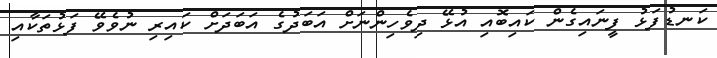
ކަނޑުފަޅު ފީނައިގެން ކައިބޮއި އުޅޭ ދިވެހިންނަށް އަބަދުގެ އަބަދަށް ކައިރި ނުވެވޭ ފަޅުތަކާއި